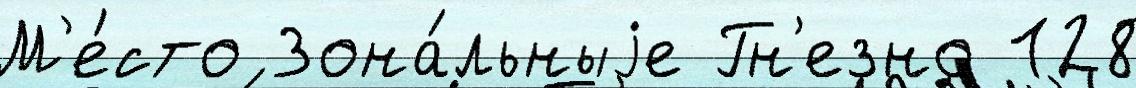
М'е́сто Зона́льныjе Гн'езно 128